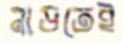
নাড়তেই